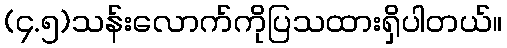
(၄.၅)သန်းလောက်ကိုပြသထားရှိပါတယ်။